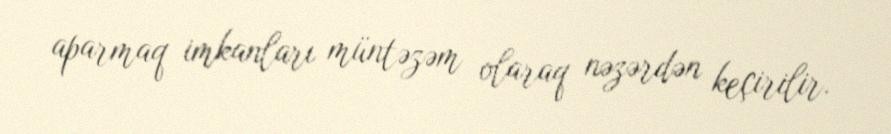
aparmaq imkanları müntəzəm olaraq nəzərdən keçirilir.